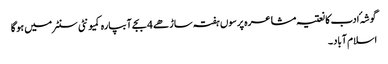
گوشہٴ ادب کا نعتیہ مشاعرہ پرسوں ہفتہ ساڑھے 4 بجے آبپارہ کمیونٹی سنٹر میں ہو گا
اسلام آباد ۔